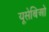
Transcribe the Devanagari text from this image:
यूसेबिओ